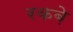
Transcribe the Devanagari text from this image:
रकबे़